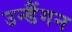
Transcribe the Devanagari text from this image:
उन्डैंगन